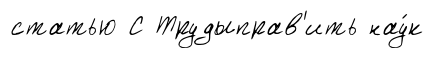
статью С Трудыправ'ить нау́к